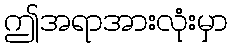
ဤအရာအားလုံးမှာ